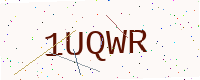
Text: 1UQWR